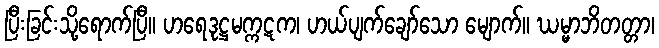
ပြီးခြင်းသို့ရောက်ပြီ။ ဟရေဒုဋ္ဌမက္ကဋက၊ ဟယ်ပျက်ချော်သော မျောက်။ ဃမ္မာဘိတတ္တာ၊